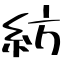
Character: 紡